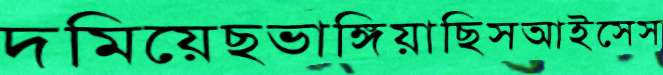
দমিয়েছভাঙ্গিয়াছিসআইসেস